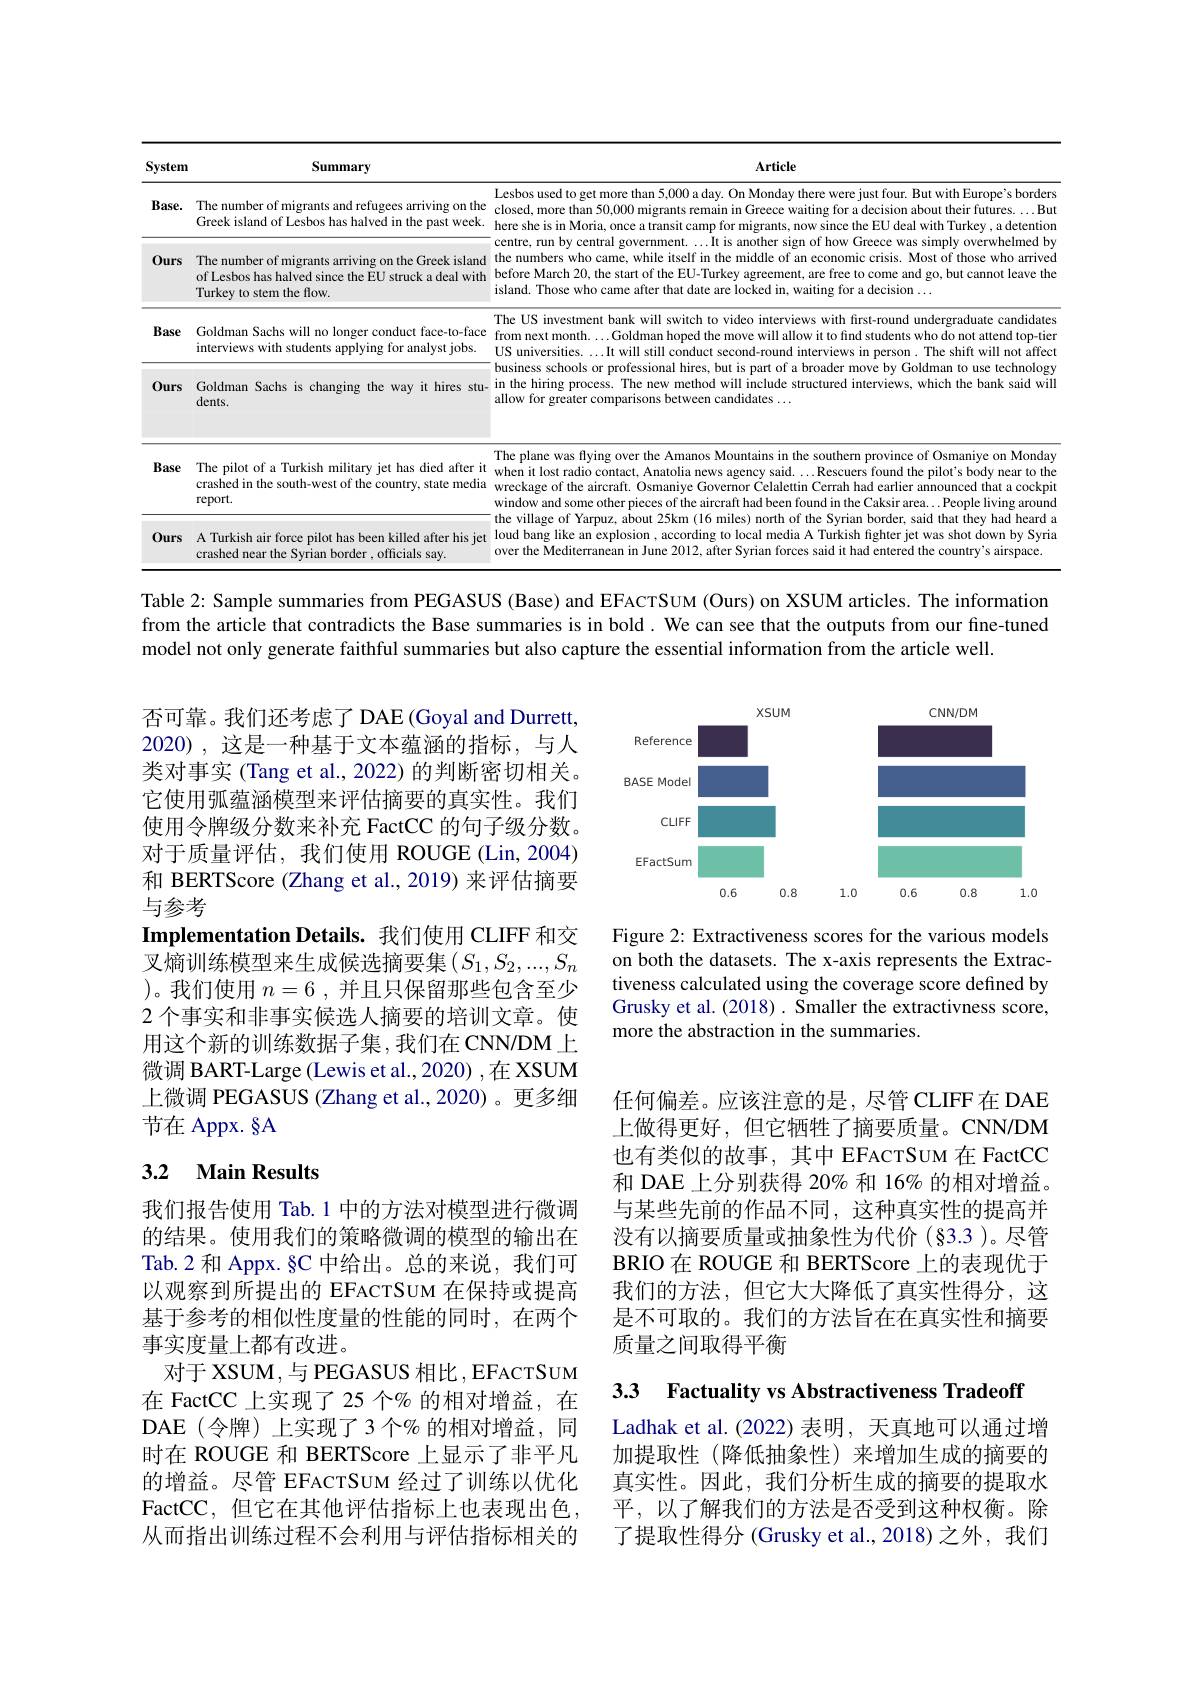
<table>
	<tbody>
		<tr>
			<th>System</th>
			<th>Summary</th>
			<th>Article</th>
		</tr>
		<tr>
			<td>$Base.$</td>
			<td>The number of migrants and refugees arriving on the Greek island of Lesbos has halved in the past week</td>
			<td rowspan="2">closed, more than 50,000 migrants remain in Greece waiting for a decision about their futures. ... But Lesbos used to get more than 5,000 a day. On Monday there were just four. But with Europe's borders here she is in Moria, once a transit camp for migrants, now since the EU deal with Turkey , a detentiom centre, run by central government. ...It is another sign of how Greece was simply overwhelmed by he numbers who came, while itself in the middle of an economic crisis. Most of those who arrived before March 20,the start of the EU-Turkey agreement, are free to come and go, but cannot leave the island. Those who came after that date are locked in, waiting for a decision $\ldots$</td>
		</tr>
		<tr>
			<td>$0urs$</td>
			<td>The number of migrants arriving on the Greek island of Lesbos has halved since the EU struck a deal with Turkey to stem the flow.</td>
		</tr>
		<tr>
			<td>Base</td>
			<td>Goldman Sachs will no longer conduct face-to-face interviews with students applying for analyst jobs</td>
			<td>The US investment bank will switch to video interviews with first-round undergraduate candidates from next month...Goldman hoped the move will allow it to find students who do not attend top-tien US universities. ...It will still conduct second-round interviews in person. The shift will not affect</td>
		</tr>
		<tr>
			<td>$0urs$</td>
			<td>Goldman Sachs is changing the way it hires stu- dents.</td>
			<td>nools or pro UOIUIITAII IO USC m nology in the hiring process. The new method will include structured interviews, which the bank said will allow for greater comparisons between candidates $\ldots$</td>
		</tr>
		<tr>
			<td>Base</td>
			<td>The pilot of a Turkish military jet has died after it crashed in the south-west of the country, state media report.</td>
			<td rowspan="2">The plane was flying over the Amanos Mountains in the southern province of Osmaniye on Monday when it lost radio contact, Anatolia news agency said....Rescuers found the pilot's body near to the wreckage of the aircraft. Osmaniye Governor Celalettin Cerrah had earlier announced that a cockpi window and some other pieces of the aircraft had been found in the Caksir area. .People living around the village of Yarpuz, about 25km (16 miles) north of the Syrian border, said that they had heard a loud bang like an explosion , according to local media A Turkish fighter jet was shot down by Syria over the Mediterranean in June 2012, after Syrian forces said it had entered the country's airspace.</td>
		</tr>
		<tr>
			<td>$0urs$</td>
			<td>A Turkish air force pilot has been killed after his jet crashed near the Syrian border , officials say.</td>
		</tr>
	</tbody>
</table>

Table 2: Sample summaries from PEGASUS (Base) and EFACTSUM (Ours) on XSUM articles. The information from the article that contradicts the Base summaries is in bold. We can see that the outputs from our fine-tuned model not only generate faithful summaries but also capture the essential information from the article well.

<FigureHere>

否可靠。我们还考虑了 DAE (Goyal and Durrett, 2020),这是一种基于文本蕴涵的指标，与人类对事实 (Tang et al., 2022) 的判断密切相关。它使用弧蕴涵模型来评估摘要的真实性。我们使用令牌级分数来补充 FactCC 的句子级分数。对于质量评估，我们使用 ROUGE(Lin,2004) 和 BERTScore (Zhang et al.,2019) 来评估摘要与参考
Implementation Details. 我们使用 CLIFF 和交叉熵训练模型来生成候选摘要集$\left(S_1,S_2,...,S_n\right.$ )。我们使用$n=6$,并且只保留那些包含至少2 个事实和非事实候选人摘要的培训文章。使用这个新的训练数据子集，我们在CNN/DM上微调 BART-Large (Lewis et al., 2020) ,在 XSUM 上微调 PEGASUS (Zhang et al.,2020)。更多细节在 Appx. §A

Figure 2: Extractiveness scores for the various models on both the datasets. The x-axis represents the Extractiveness calculated using the coverage score defined by Grusky et al. (2018) . Smaller the extractivness score, more the abstraction in the summaries.

## 3.2 Main Results

任何偏差。应该注意的是，尽管 CLIFF在 DAE 上做得更好，但它牺牲了摘要质量。CNN/DM 也有类似的故事，其中 EFACTSUM 在 FactCC 和 DAE 上分别获得 20% 和 16% 的相对增益。与某些先前的作品不同，这种真实性的提高并没有以摘要质量或抽象性为代价(§3.3)。尽管BRIO 在 ROUGE 和 BERTScore 上的表现优于我们的方法，但它大大降低了真实性得分，这是不可取的。我们的方法旨在在真实性和摘要质量之间取得平衡

我们报告使用 Tab.1 中的方法对模型进行微调的结果。使用我们的策略微调的模型的输出在Tab.2 和 Appx. §C 中给出。总的来说，我们可以观察到所提出的 EFACTSUM 在保持或提高基于参考的相似性度量的性能的同时，在两个事实度量上都有改进。
对于 XSUM,与 PEGASUS 相比，EFACTSUM 在 FactCC 上实现了 25 个% 的相对增益，在DAE(令牌)上实现了3个%的相对增益，同时在 ROUGE 和 BERTScore 上显示了非平凡的增益。尽管 EFACTSUM 经过了训练以优化FactCC, 但它在其他评估指标上也表现出色， 从而指出训练过程不会利用与评估指标相关的

3.3 Factuality vs Abstractiveness Tradeoff

Ladhak et al.(2022)表明，天真地可以通过增加提取性(降低抽象性)来增加生成的摘要的真实性。因此，我们分析生成的摘要的提取水平，以了解我们的方法是否受到这种权衡。除了提取性得分 (Grusky et al.,2018)之外，我们